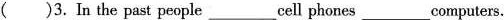
( )3.In the past people___ cell phones___computers.